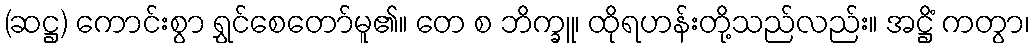
(ဆဋ္ဌ) ကောင်းစွာ ရွှင်စေတော်မူ၏။ တေ စ ဘိက္ခူ၊ ထိုရဟန်းတို့သည်လည်း။ အဋ္ဌိံ ကတွာ၊